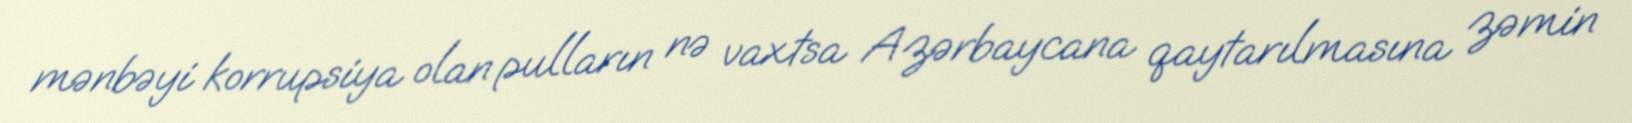
mənbəyi korrupsiya olan pulların nə vaxtsa Azərbaycana qaytarılmasına zəmin